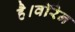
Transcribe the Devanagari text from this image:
है।वॉरेन